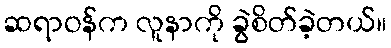
ဆရာဝန်က လူနာကို ခွဲစိတ်ခဲ့တယ်။